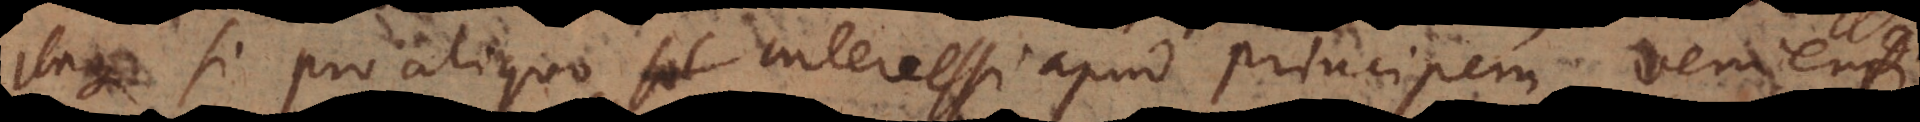
Itaque si pro aliquo intercessi apud principem, venienti